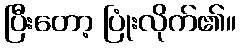
ပြီးတော့ ပြုံးလိုက်၏။